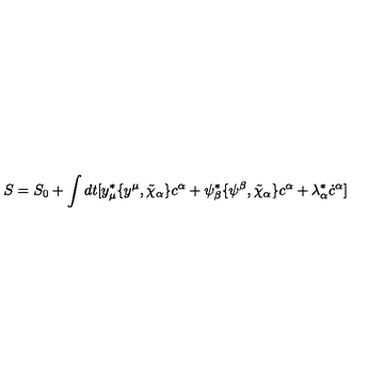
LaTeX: S = S _ { 0 } + \int d t [ y _ { \mu } ^ { * } \{ y ^ { \mu } , \tilde { \chi } _ { \alpha } \} c ^ { \alpha } + \psi _ { \beta } ^ { * } \{ \psi ^ { \beta } , \tilde { \chi } _ { \alpha } \} c ^ { \alpha } + \lambda _ { \alpha } ^ { * } \dot { c } ^ { \alpha } ]